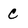
Character: C